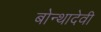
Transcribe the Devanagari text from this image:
बोन्थादेवी